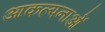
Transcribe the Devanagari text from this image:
आकल्पनाओं